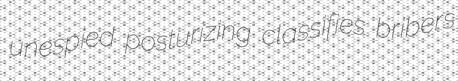
unespied posturizing classifies bribers